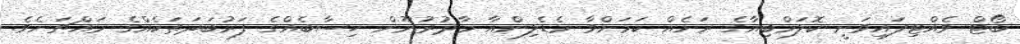
ބޯޓް ވެއްޓިފައިވަނީ ކޮލަމްބިއާގެ ރަށެއް ކަމަށްވާ މެޑެލިންއާ މާދުރުނޫން ހިސާބެއްގެ ފަރުބަދަތަކެއްގެ މައްޗަށެވެ.